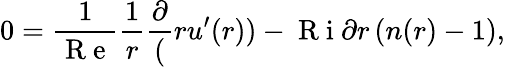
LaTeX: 0=\frac{1}{\mathrm{~R~e~}}\frac{1}{r}\frac{\partial}(ru^{\prime}(r))-\mathrm{~R~i~}{\partial r}\, (n(r)-1),